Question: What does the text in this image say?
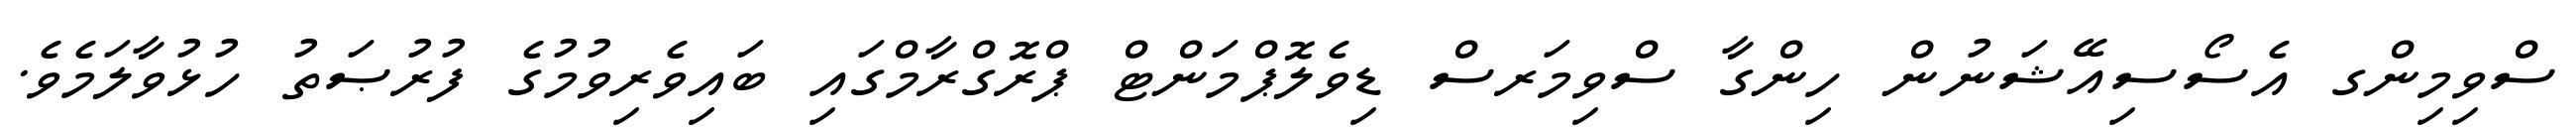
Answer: ސްވިމިންގ އެސޯސިއޭޝަނުން ހިންގާ ސްވިމަރސް ޑިވެލޮޕްމަންޓް ޕްރޮގްރާމްގައި ބައިވެރިވުމުގެ ފުރުޞަތު ހުޅުވާލަމެވެ.